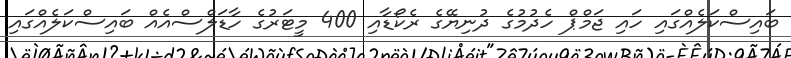
ބައިސްކަލެއްގައި ހައި ޖަމްޕް ހެދުމުގެ ދުނިޔޭގެ ރެކޯޑާއި 400 މީޓަރުގެ ހާޑަލްސްއެއް ބައިސްކަލެއްގައި